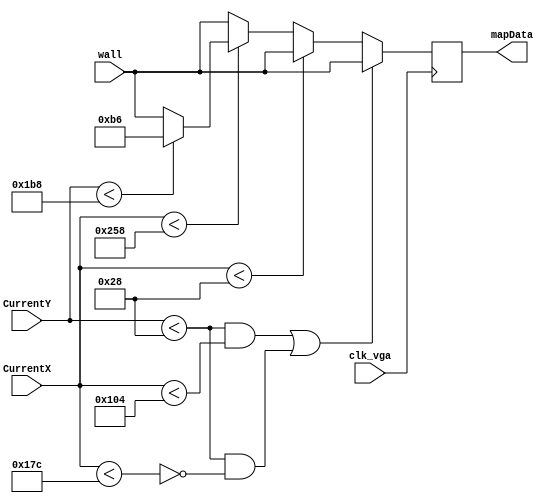
module BlackKeyRoom(clk_vga, CurrentX, CurrentY, mapData, wall);

	input clk_vga;
	input [9:0]CurrentX;
	input [8:0]CurrentY;
	input [7:0]wall;
	
	output [7:0]mapData;
	
	reg [7:0]mColor;
	
	always @(posedge clk_vga) begin

		//Top wall with door
		if(((CurrentY < 40) && (CurrentX < 260)) || ((CurrentY < 40) && ~(CurrentX < 380))) begin
			mColor[7:0] <= wall;
		end
		//Left side wall
		else if(CurrentX < 40) begin
			mColor[7:0] <= wall;
		end
		//Right side wall
		else if(~(CurrentX < 600)) begin
			mColor[7:0] <= wall;
		end
		//Bottom wall
		else if(~(CurrentY < 440)) begin
			mColor[7:0] <= wall;
		//Floor area
		end else
			mColor[7:0] <= 8'b10110110;	
		end
	
	
	assign mapData = mColor;


endmodule